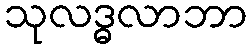
သုလဒ္ဓလာဘာ